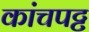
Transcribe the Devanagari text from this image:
कांचपट्ट